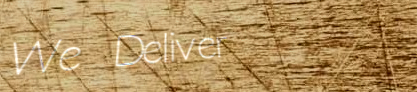
We Deliver